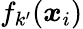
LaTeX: f_{k^{\prime}}(\boldsymbol{x}_{i})